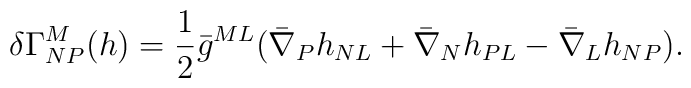
\delta \Gamma^M_{NP} (h)  = {1 \over 2} \bar g^{ML} ( \bar \nabla_P h_{NL} + \bar \nabla_N h_{PL} - \bar \nabla_L h_{NP} ).